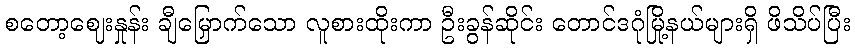
စတော့ဈေးနှုန်း ချီမြှောက်သော လူစားထိုးကာ ဦးခွန်ဆိုင်း တောင်ဒဂုံမြို့နယ်များရှိ ဖိသိပ်ပြီး